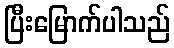
ပြီးမြောက်ပါသည်